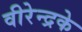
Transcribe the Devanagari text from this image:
वीरेन्द्रके